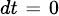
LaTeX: \scriptstyle dt\; =\; 0